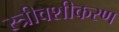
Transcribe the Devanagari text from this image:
स्त्रीवशीकरण